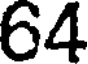
64